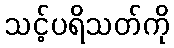
သင့်ပရိသတ်ကို